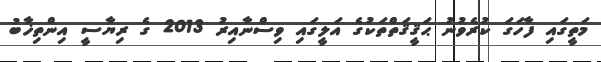
މަތީގައި ފާހަގަ ކުރެވުނު ޙަޤީޤަތްތަކުގެ އަލީގައި ވިސްނާއިރު 2013 ގެ ރިޔާސީ އިންތިޚާބު